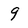
Character: 9